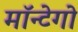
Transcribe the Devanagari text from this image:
मॉन्टेगो